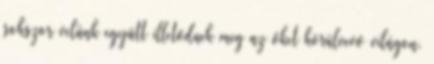
sokszor velünk együtt illetődnek meg az őket körülvevő világon.